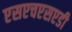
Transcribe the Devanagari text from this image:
एसएचएसएडी